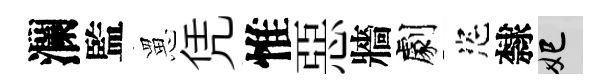
瀾監罳凭惟惡牆劇恣隸妃